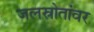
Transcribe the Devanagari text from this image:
जलस्रोतांवर